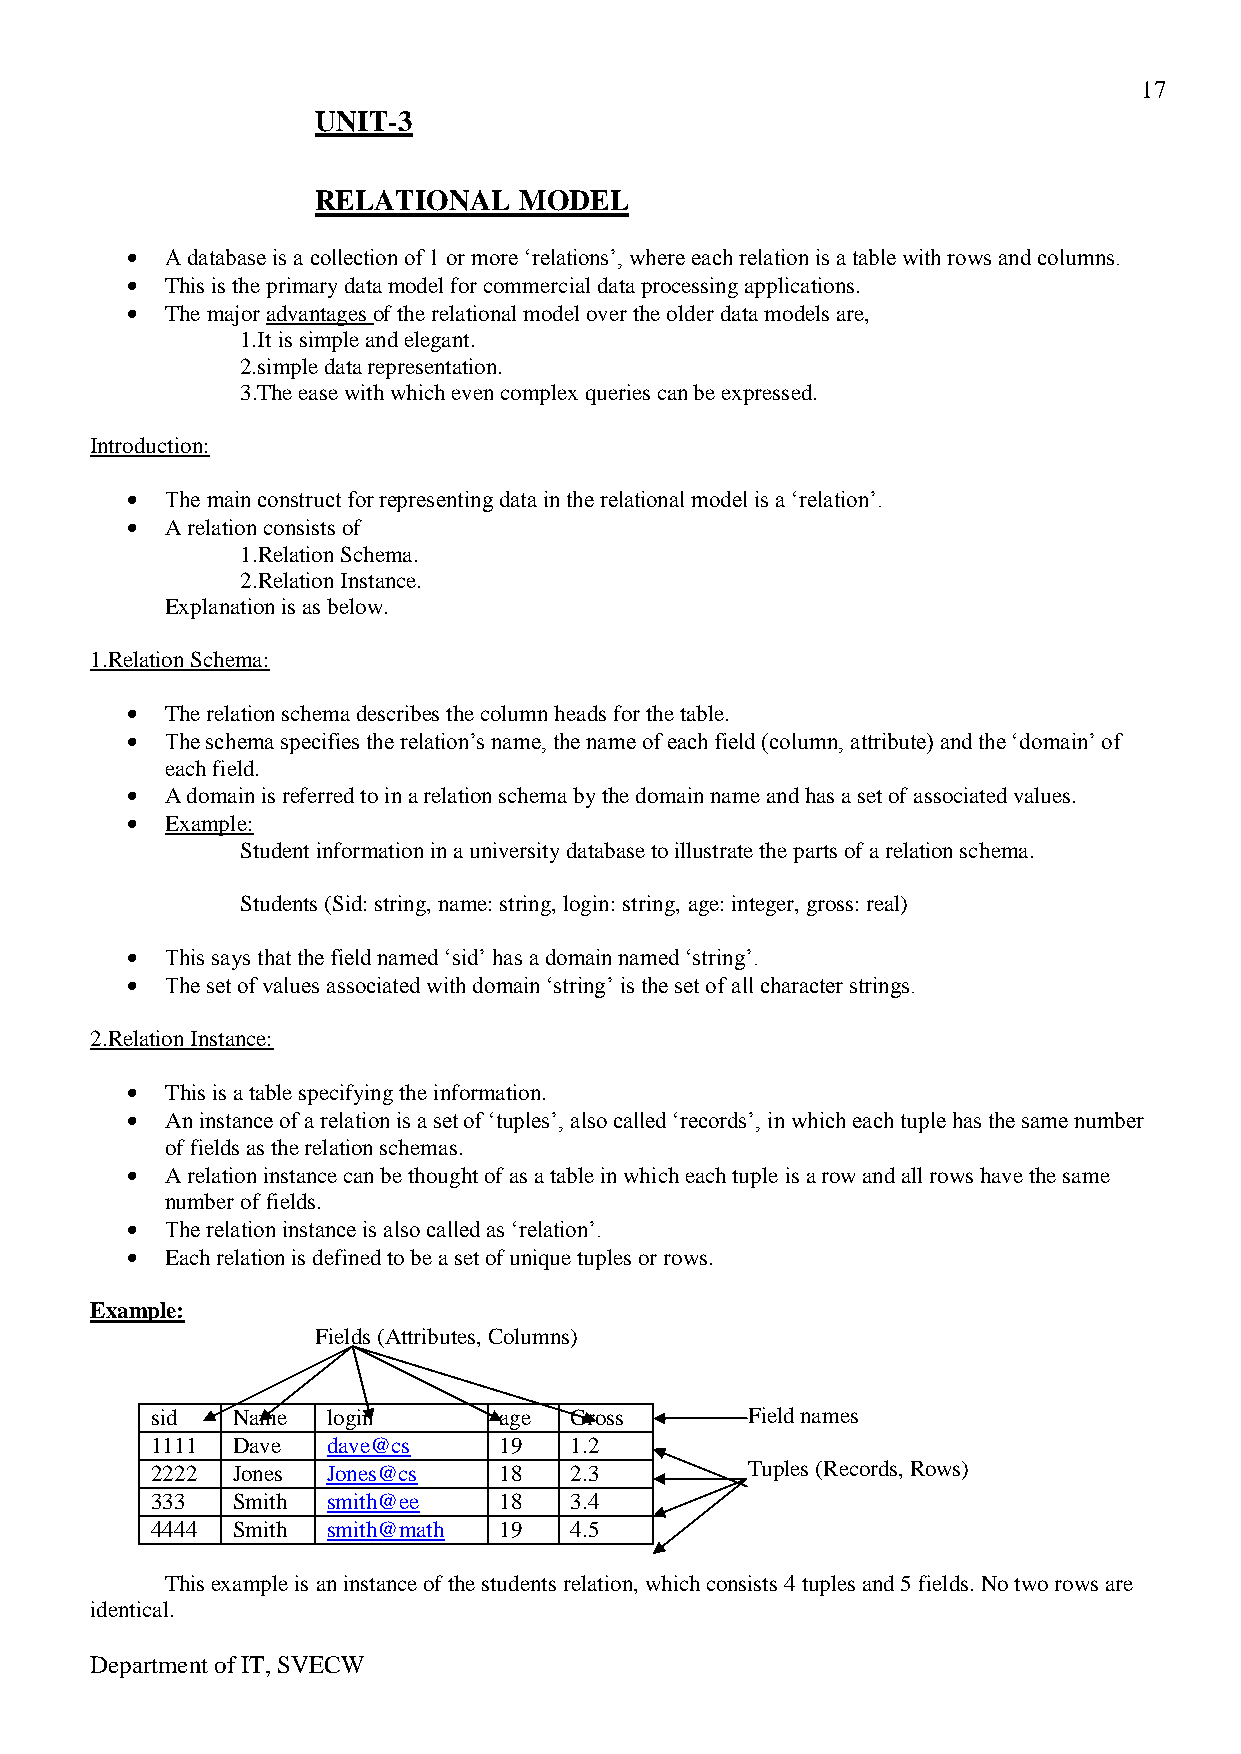
17
 UNIT-3
 RELATIONAL   MODEL
 A database is a collection of 1 or more ‘relations’, where each relation is a table with rows and columns.
 This is the primary data model for commercial data processing applications.
 The major advantages of the relational model over the older data models are,
 1.It is simple and elegant.
 2.simple data representation.
 3.The ease with which even complex queries can be expressed.
 Introduction:
 The main construct for representing data in the relational model is a ‘relation’.
 A relation consists of
 1.Relation Schema.
 2.Relation Instance.
 Explanation is as below.
 1.Relation Schema:
 The relation schema describes the column heads for the table.
 The schema specifies the relation’s name, the name of each field (column, attribute) and the ‘domain’ of
 each field.
 A domain is referred to in a relation schema by the domain name and has a set of associated values.
 Example:
 Student information in a university database to illustrate the parts of a relation schema.
 Students (Sid: string, name: string, login: string, age: integer, gross: real)
 This says that the field named ‘sid’ has a domain named ‘string’.
 The set of values associated with domain ‘string’ is the set of all character strings.
 2.Relation Instance:
 This is a table specifying the information.
 An instance of a relation is a set of ‘tuples’, also called ‘records’, in which each tuple has the same number
 of fields as the relation schemas.
 A relation instance can be thought of as a table in which each tuple is a row and all rows have the same
 number of fields.
 The relation instance is also called as ‘relation’.
 Each relation is defined to be a set of unique tuples or rows.
 Example:
 Fields (Attributes, Columns)
 sid  Name   login      age  Gross      Field names
 1111 Dave   dave@cs    19   1.2
 2222 Jones  Jones@cs   18   2.3        Tuples (Records, Rows)
 333  Smith  smith@ee   18   3.4
 4444 Smith  smith@math 19   4.5
 This example is an instance of the students relation, which consists 4 tuples and 5 fields. No two rows are
 identical.
 Department of IT, SVECW